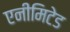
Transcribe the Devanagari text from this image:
एनीमिटेड